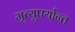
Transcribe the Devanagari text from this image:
मृत्युपर्यान्त